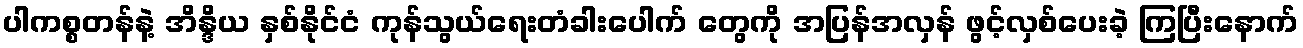
ပါကစ္စတန်နဲ့ အိန္ဒိယ နှစ်နိုင်ငံ ကုန်သွယ်ရေးတံခါးပေါက် တွေကို အပြန်အလှန် ဖွင့်လှစ်ပေးခဲ့ ကြပြီးနောက်